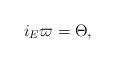
LaTeX: \begin{align*}i_{E}\varpi = \Theta,\end{align*}